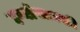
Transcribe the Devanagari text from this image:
दर्ग्यासारखी